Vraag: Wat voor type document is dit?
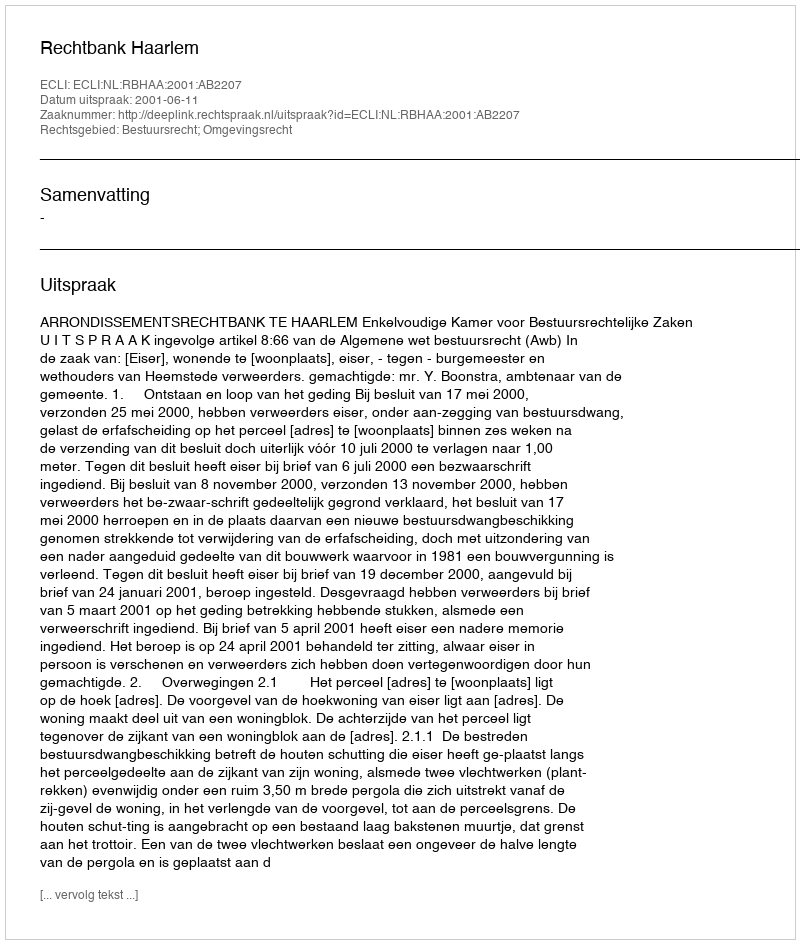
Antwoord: Uitspraak